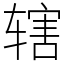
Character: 辖